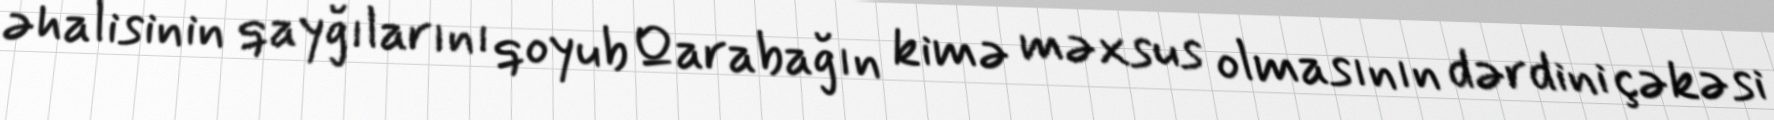
əhalisinin qayğılarını qoyub Qarabağın kimə məxsus olmasının dərdini çəkəsi